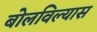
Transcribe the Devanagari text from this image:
बोलविल्यास